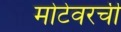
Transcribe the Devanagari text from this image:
मोटेवरची